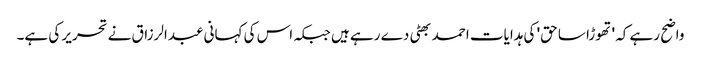
واضح رہے کہ 'تھوڑا سا حق' کی ہدایات احمد بھٹی دے رہے ہیں جبکہ اس کی کہانی عبدالرزاق نے تحریر کی ہے۔